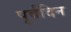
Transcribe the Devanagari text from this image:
पूर्वदिन